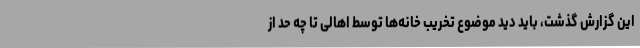
این گزارش گذشت، باید دید موضوع تخریب خانه‌ها توسط اهالی تا چه حد از